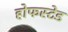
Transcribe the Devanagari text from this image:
होफस्टेड